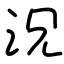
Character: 況